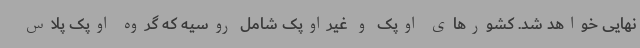
نهایی خواهد شد. کشورهای اوپک و غیراوپک شامل روسیه که گروه اوپک پلاس